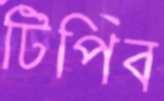
টিপিব